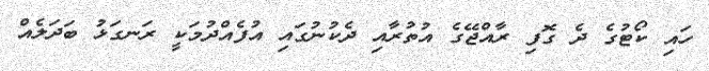
ހައި ކޯޓުގެ ދެ ގޮފި ރާއްޖޭގެ އުތުރާއި ދެކުނުގައި އުފެއްދުމަކީ ރަނގަޅު ބަދަލެއް